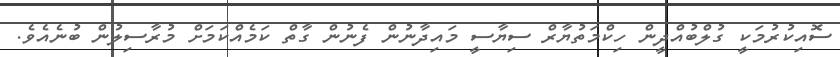
ސޮއިކުރުމަކީ ގުލްބުއްދީން ހިކްމަތުޔާރް ސިޔާސީ މައިދާނުން ފެނުން ގާތް ކަމެއްކަމަށް މުރާސިލުން ބުނެއެވެ.